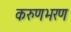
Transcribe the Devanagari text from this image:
करुणभरण